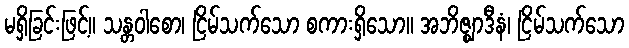
မရှိခြင်းဖြင့်။ သန္တဝါစော၊ ငြိမ်သက်သော စကားရှိသော။ အဘိဇ္ဈာဒီနံ၊ ငြိမ်သက်သော